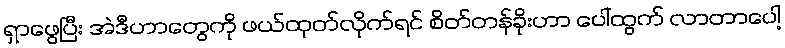
ရှာဖွေပြီး အဲဒီဟာတွေကို ဖယ်ထုတ်လိုက်ရင် စိတ်တန်ခိုးဟာ ပေါ်ထွက် လာတာပေါ့